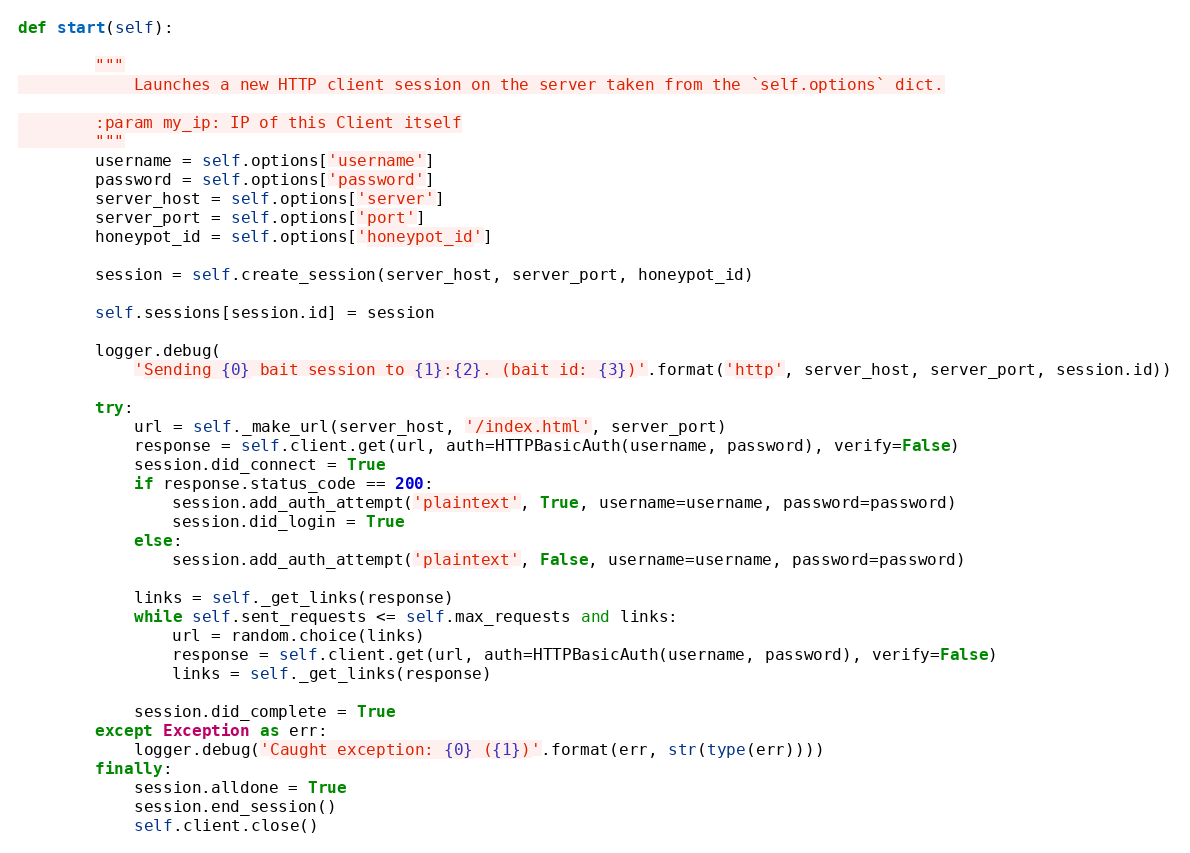
Language: Python
def start(self):

        """
            Launches a new HTTP client session on the server taken from the `self.options` dict.

        :param my_ip: IP of this Client itself
        """
        username = self.options['username']
        password = self.options['password']
        server_host = self.options['server']
        server_port = self.options['port']
        honeypot_id = self.options['honeypot_id']

        session = self.create_session(server_host, server_port, honeypot_id)

        self.sessions[session.id] = session

        logger.debug(
            'Sending {0} bait session to {1}:{2}. (bait id: {3})'.format('http', server_host, server_port, session.id))

        try:
            url = self._make_url(server_host, '/index.html', server_port)
            response = self.client.get(url, auth=HTTPBasicAuth(username, password), verify=False)
            session.did_connect = True
            if response.status_code == 200:
                session.add_auth_attempt('plaintext', True, username=username, password=password)
                session.did_login = True
            else:
                session.add_auth_attempt('plaintext', False, username=username, password=password)

            links = self._get_links(response)
            while self.sent_requests <= self.max_requests and links:
                url = random.choice(links)
                response = self.client.get(url, auth=HTTPBasicAuth(username, password), verify=False)
                links = self._get_links(response)

            session.did_complete = True
        except Exception as err:
            logger.debug('Caught exception: {0} ({1})'.format(err, str(type(err))))
        finally:
            session.alldone = True
            session.end_session()
            self.client.close()